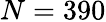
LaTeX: N=390